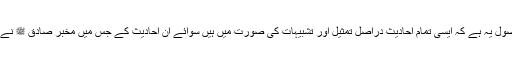
قرب قیامت کے واقعات کے بارے میں ایک اصول یہ ہے کہ ایسی تمام احادیث دراصل تمثیل اور تشبیہات کی صورت میں ہیں سوائے ان احادیث کے جس میں مخبر صادق ﷺ نے اللہ کی قسم اٹھا کر فرمایا کہ ایسا ضرور ہوگا۔